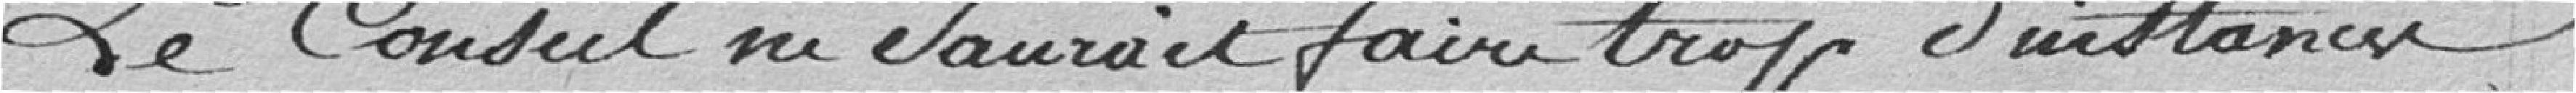
Le Conseil ne saurait faire trop d'instance